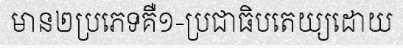
មាន២ប្រភេទគឺ១-ប្រជាធិបតេយ្យដោយ